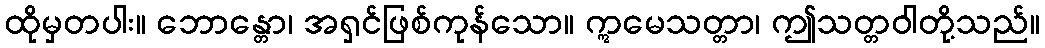
ထိုမှတပါး။ ဘောန္တော၊ အရှင်ဖြစ်ကုန်သော။ ဣမေသတ္တာ၊ ဤသတ္တဝါတို့သည်။